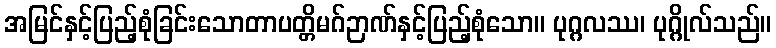
အမြင်နှင့်ပြည့်စုံခြင်းသောတာပတ္တိမဂ်ဉာဏ်နှင့်ပြည့်စုံသော။ ပုဂ္ဂလဿ၊ ပုဂ္ဂိုလ်သည်။